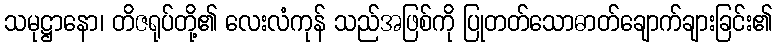
သမုဋ္ဌာနော၊ တိဇရုပ်တို့၏ လေးလံကုန် သည်အဖြစ်ကို ပြုတတ်သောဓာတ်ချောက်ချားခြင်း၏